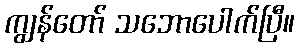
ကျွန်တော် သဘောပေါက်ပြီ။